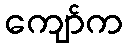
ကျော်က